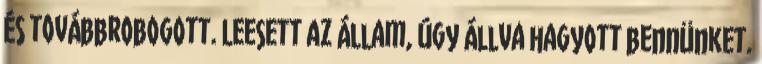
és továbbrobogott. Leesett az állam, úgy állva hagyott bennünket.